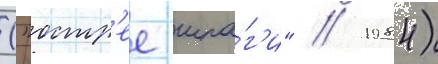
("остр'ее шпа́г'и" / 1984)